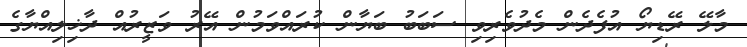
މާލޭ ރޭޑިޔޯ އުފެދެން މެދުވެރިވި ސަބަބު ބަޔާން ކުރައްވަމުން އޭރު ވަޒީރުއް ދާޚިލިއްޔާގެ